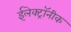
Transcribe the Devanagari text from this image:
ईलेक्ट्रॉनीक